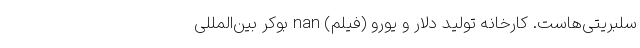
سلبریتی‌هاست. کارخانه تولید دلار و یورو (فیلم) nan بوکر بین‌المللی